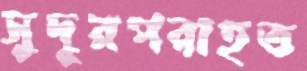
সুদূরপরাহত